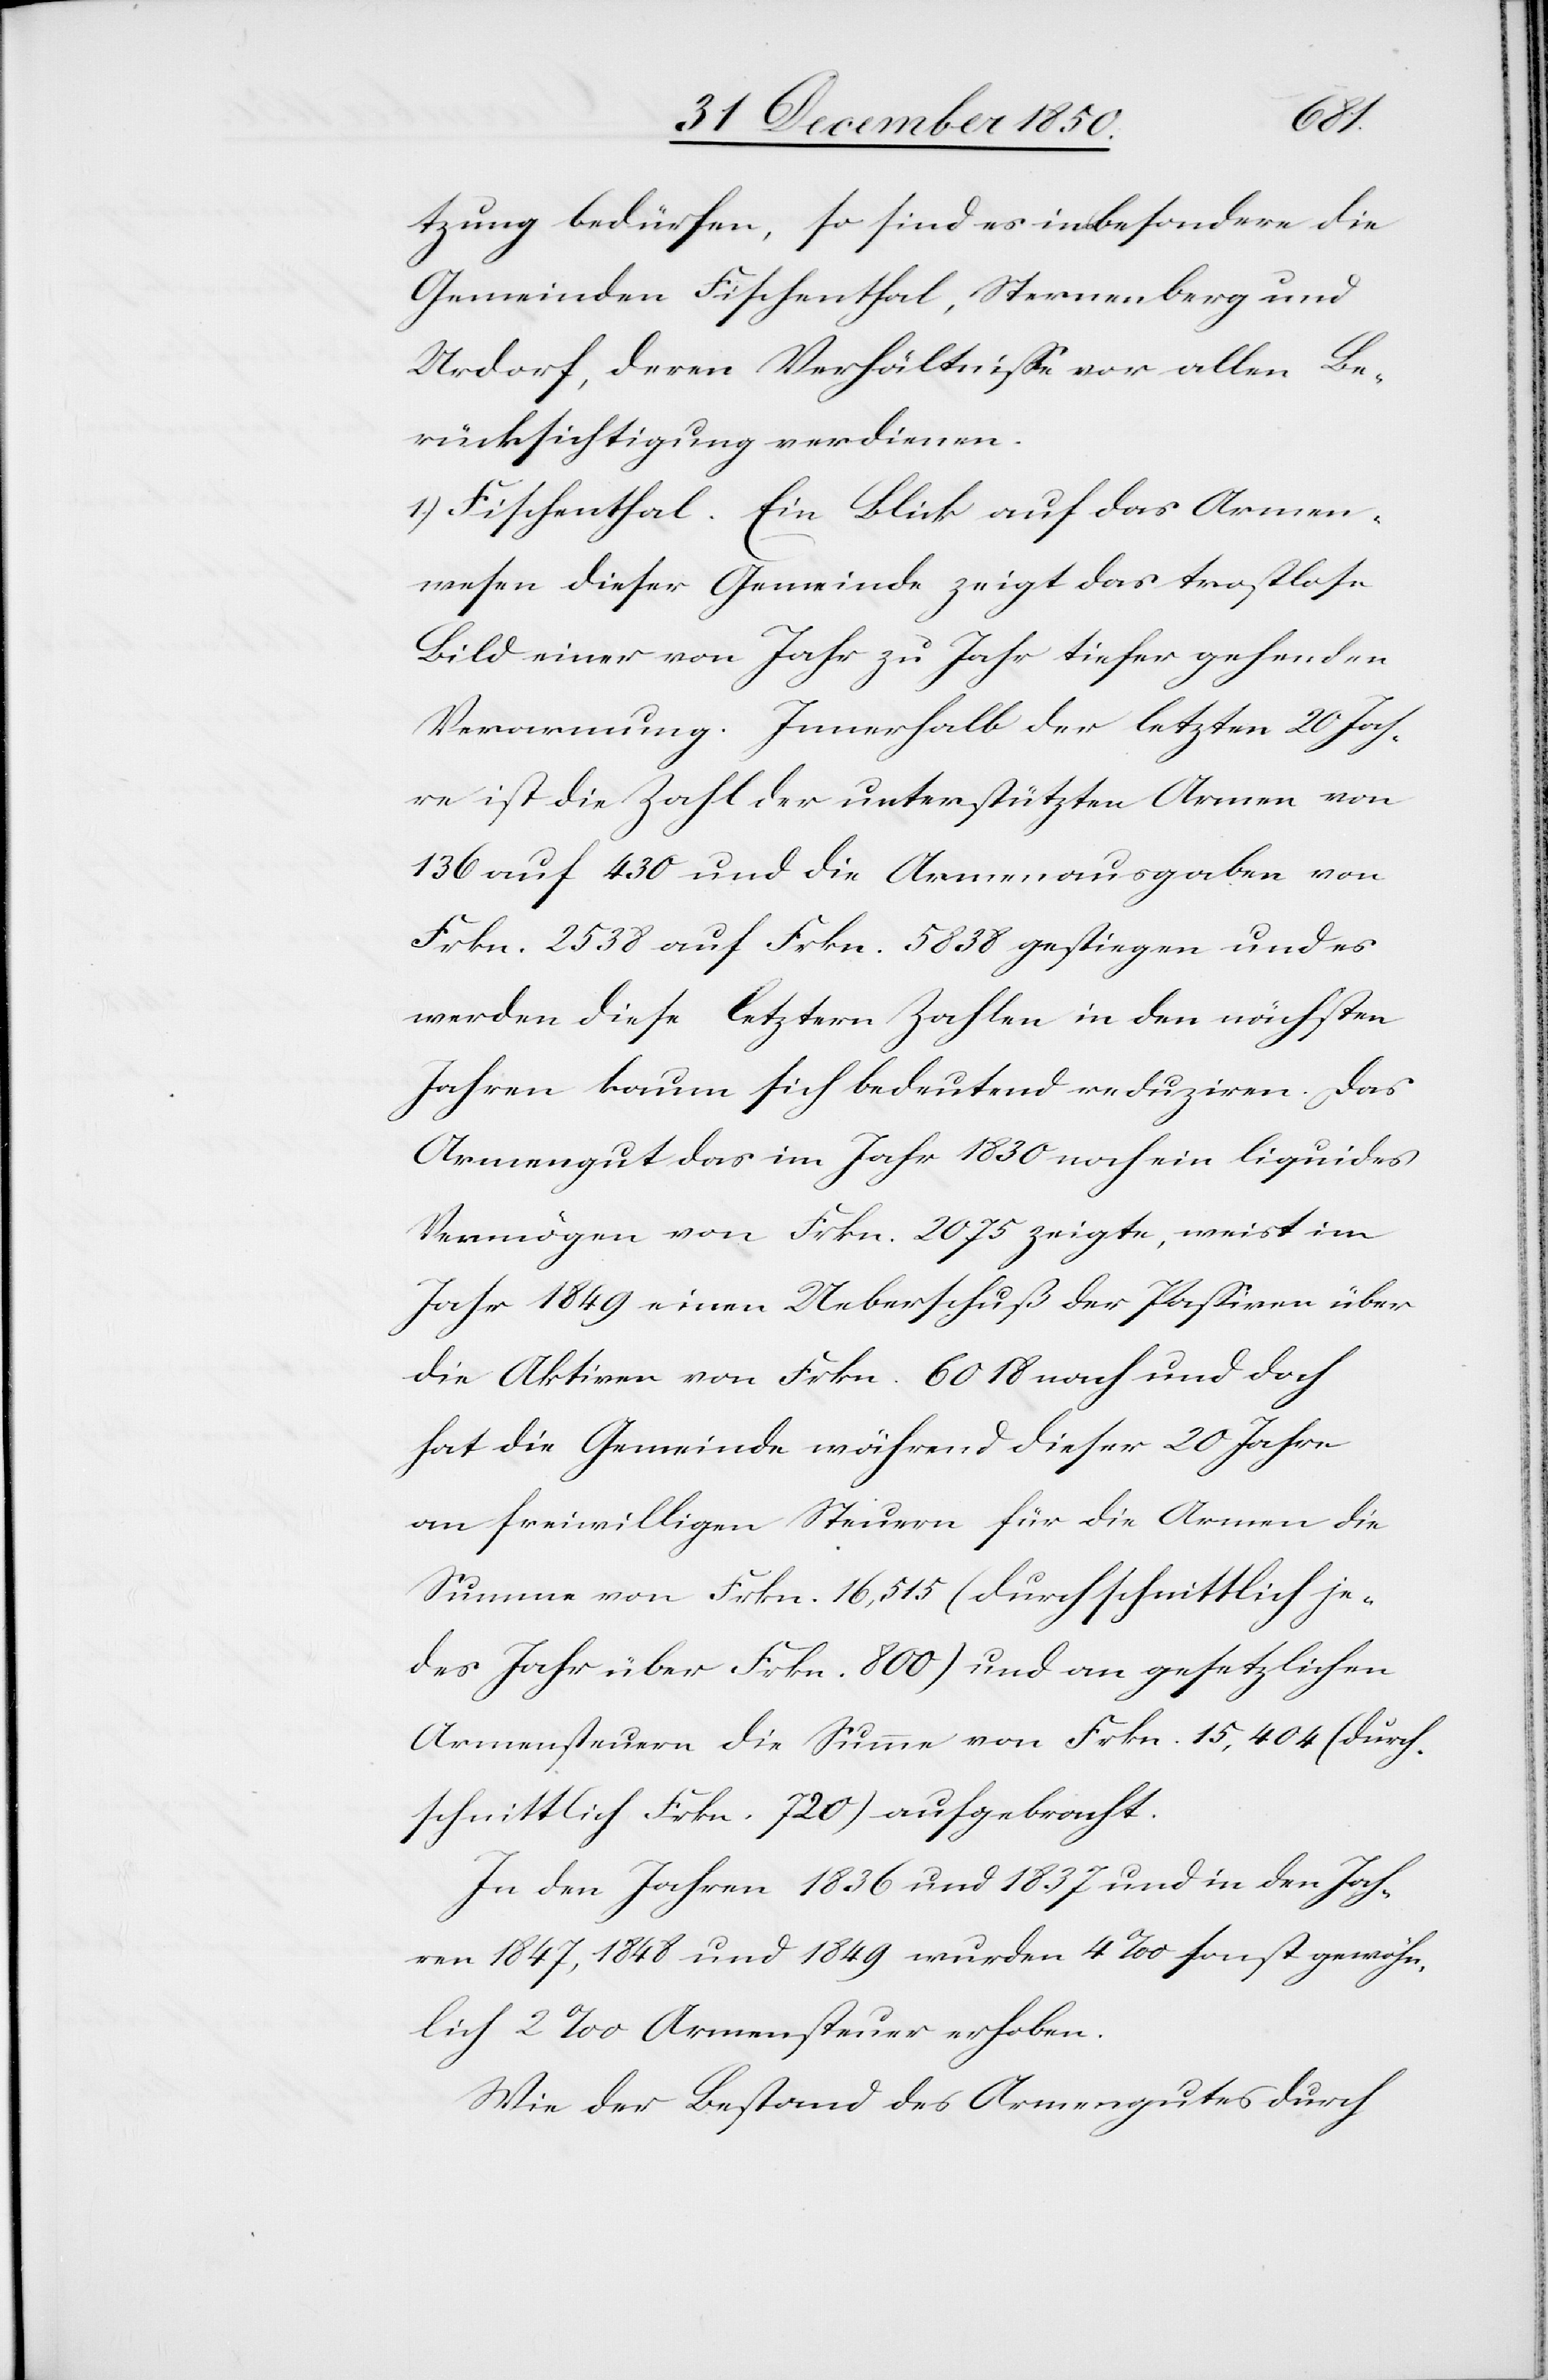
tzung bedürfen, so sind es insbesondere die
Gemeinden Fischenthal, Sternenberg und
Urdorf, deren Verhältnisse vor allen Be¬
rücksichtigung verdienen.
1.) Fischenthal. Ein Blick auf das Armen¬
wesen dieser Gemeinde zeigt das trostlose
Bild einer von Jahr zu Jahr tiefer gehenden
Verarmung. Innerhalb der letzten 20 Jah¬
re ist die Zahl der unterstützten Armen von
136 auf 430 und die Armenausgaben von
Frkn. 2538 auf Frkn. 5838 gestiegen und es
werden diese letztern Zahlen in den nächsten
Jahren kaum sich bedeutend reduziren. Das
Armengut das im Jahr 1830 noch ein liquides
Vermögen von Frkn. 2075 zeigte, weist im
Jahr 1849 einen Ueberschuß der Passiven über
die Aktiven von Frkn. 6018 nach und doch
hat die Gemeinde während dieser 20 Jahre
an freiwilligen Steuern für die Armen die
Summe von Frkn. 16,515 (durchschnittlich je¬
des Jahr über Frkn. 800) und an gesetzlichen
Armensteuern die Summe von Frkn. 15,404 (durch¬
schnittlich Frkn. 720) aufgebracht.
In den Jahren 1836 und 1837 und in den Jah¬
ren 1847, 1848 und 1849 wurden 4 ‰ sonst gewöhn¬
lich 2 ‰ Armensteuer erhoben.
Wie der Bestand des Armengutes durch